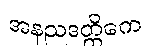
အနညဒတ္ထိကေ